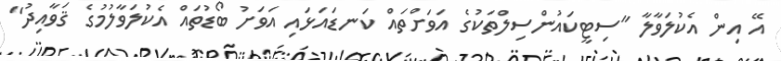
އޭ އިން އެކުލަވާލާ "ސިޓީކައުންސިލްތަކުގެ އަވަށްތައް ކަނޑައަޅައި އަވަށު ބޯޑުތައް އެކުލަވާލުމުގެ ޤަވާއިދު"